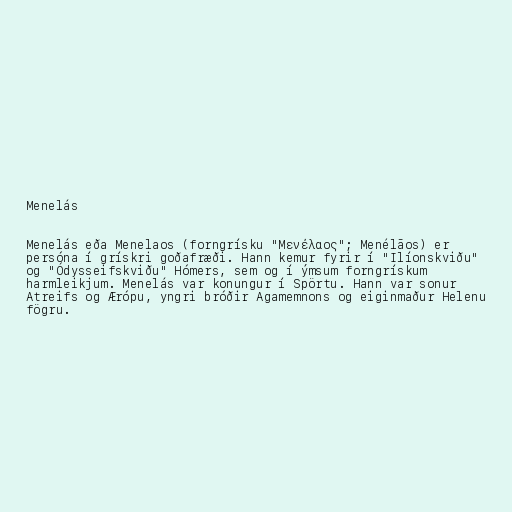
Menelás

Menelás eða Menelaos (forngrísku "Μενέλαος"; Menélāos) er
persóna í grískri goðafræði. Hann kemur fyrir í "Ilíonskviðu"
og "Ódysseifskviðu" Hómers, sem og í ýmsum forngrískum
harmleikjum. Menelás var konungur í Spörtu. Hann var sonur
Atreifs og Ærópu, yngri bróðir Agamemnons og eiginmaður Helenu
fögru.